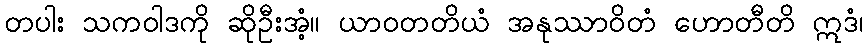
တပါး သကဝါဒကို ဆိုဦးအံ့။ ယာဝတတိယံ အနုဿာဝိတံ ဟောတီတိ ဣဒံ၊